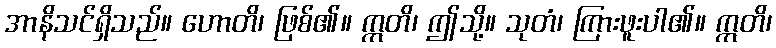
အာနိသင်ရှိသည်။ ဟောတိ၊ ဖြစ်၏။ ဣတိ၊ ဤသို့။ သုတံ၊ ကြားဖူးပါ၏။ ဣတိ၊